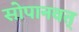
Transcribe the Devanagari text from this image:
सोपानवत्‌